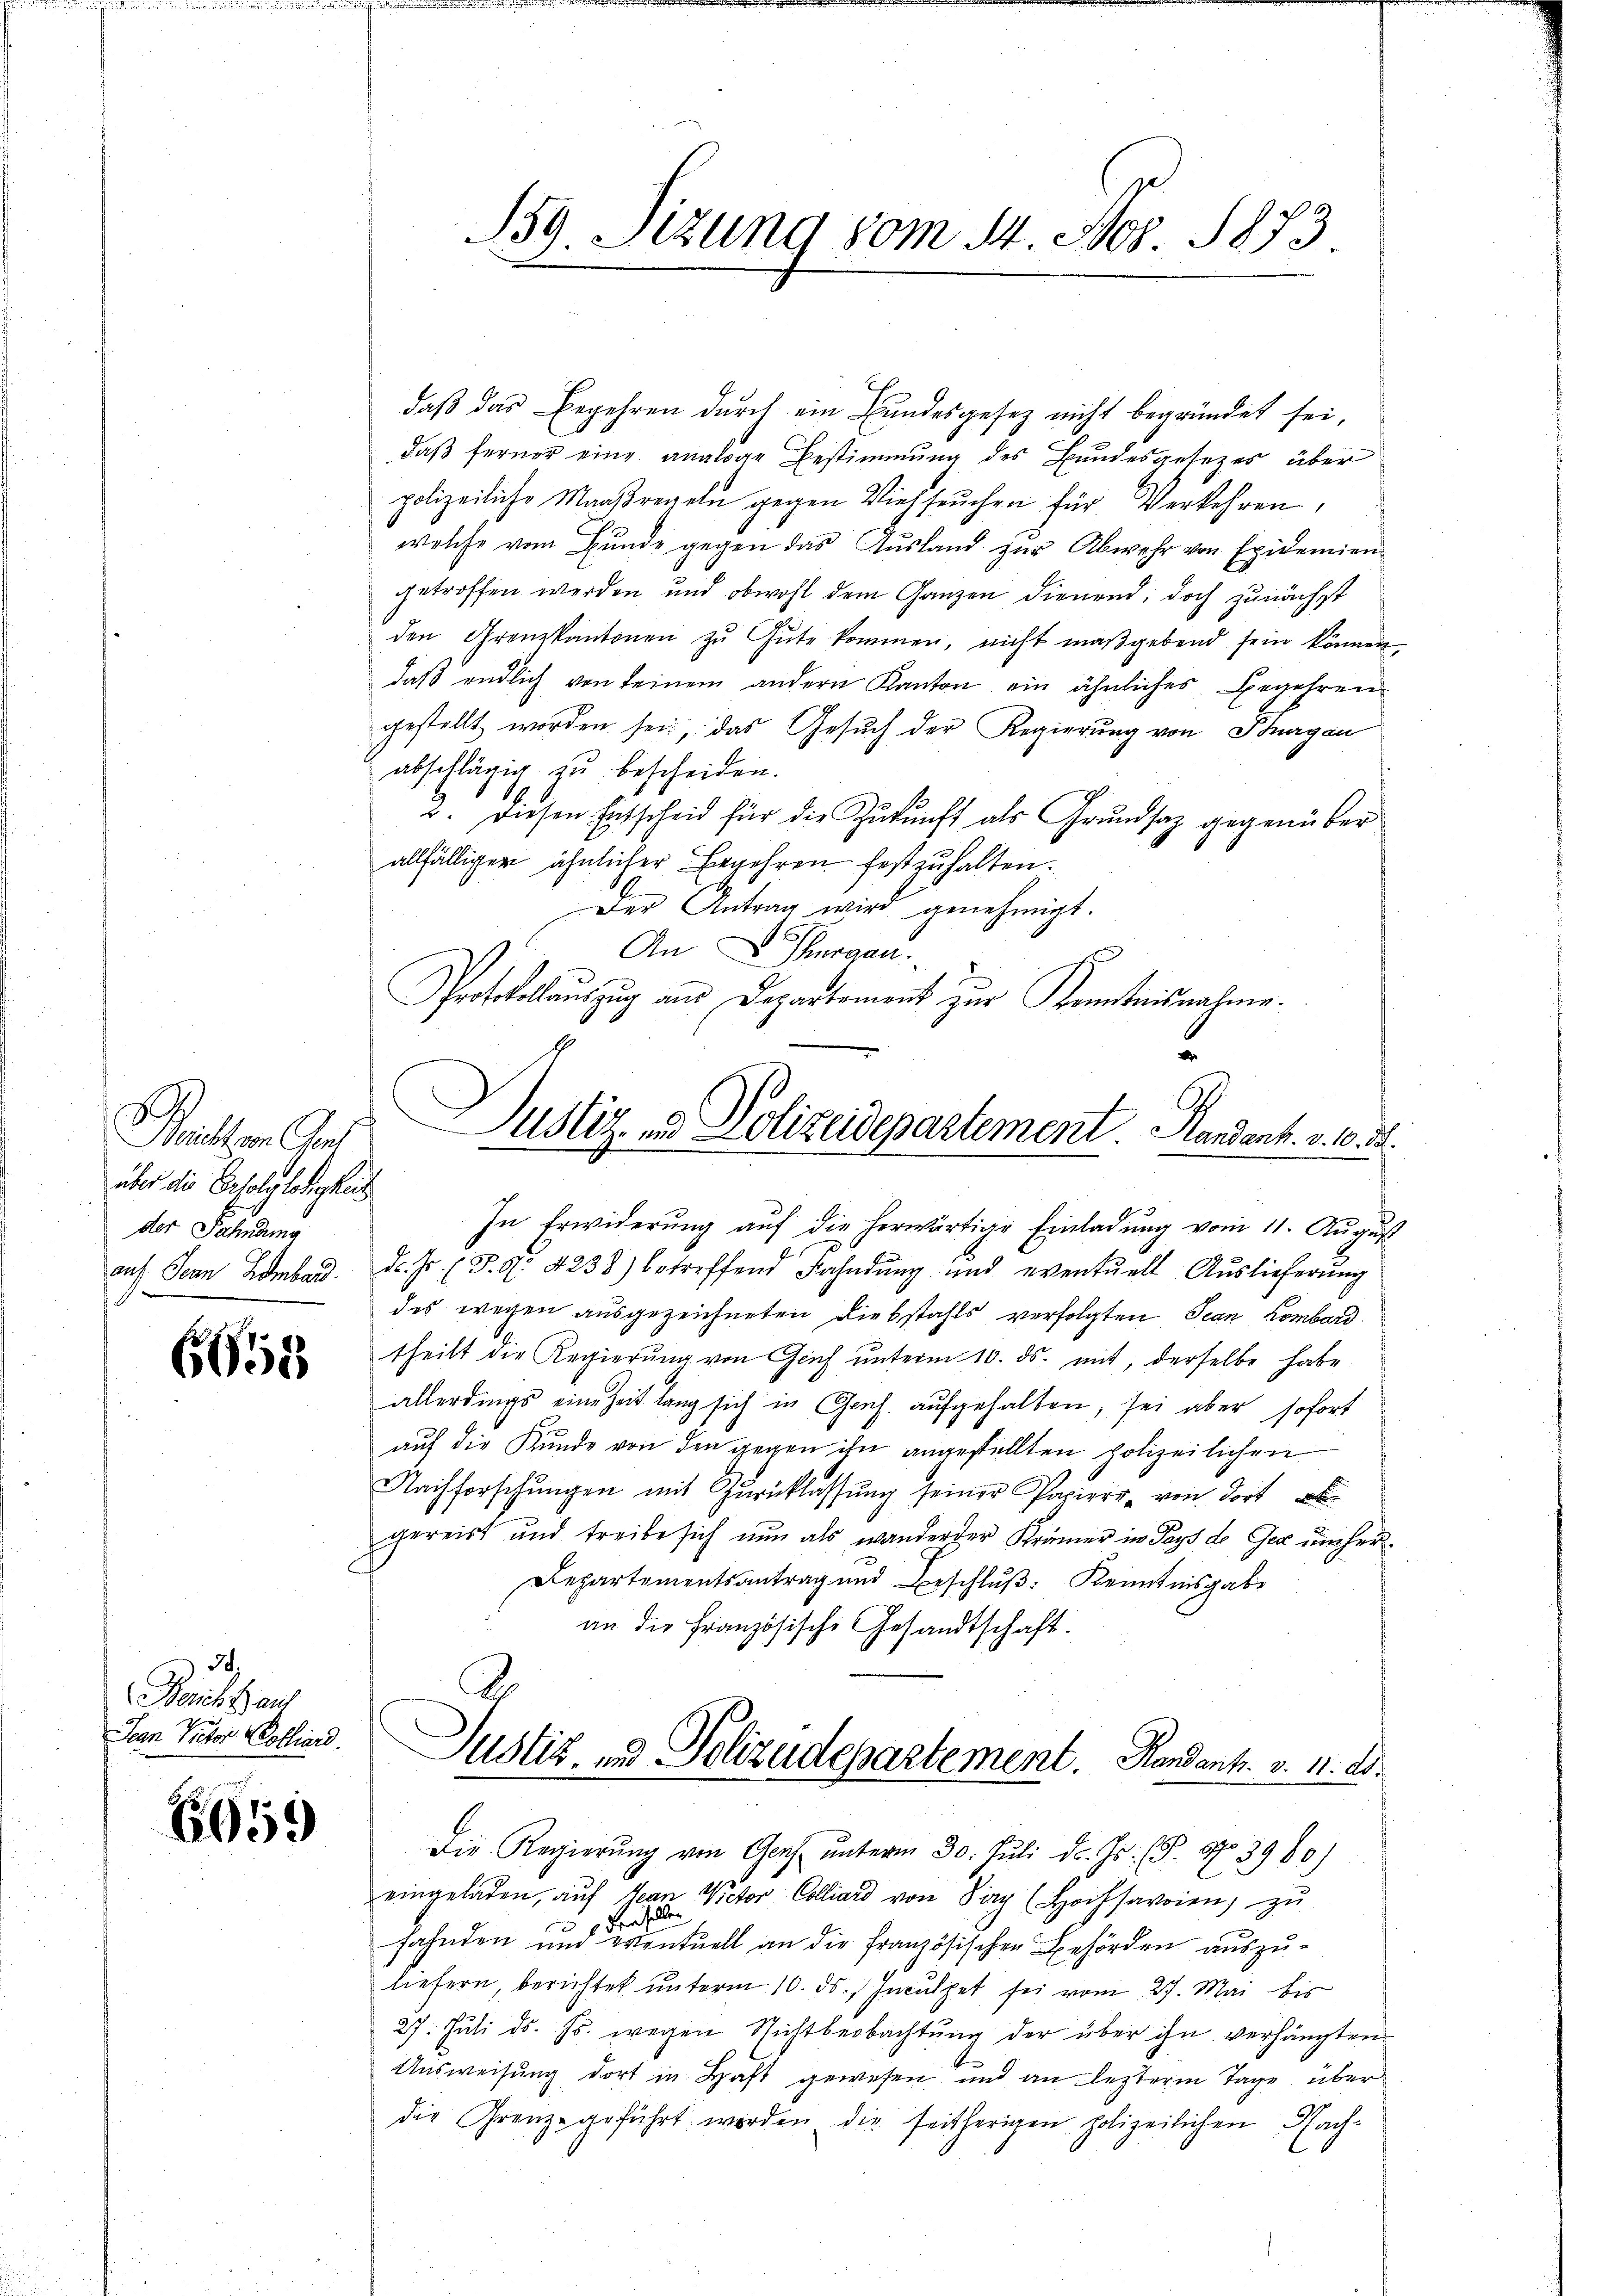
über die Erfolglosigkeit
der Fahndung

6658

I.
Bericht auf
Jean Victor Colliard.

1059

B39. Sizung vom 14. Nov. 1873.

daß das Begehren durch ein Bundesgesetz nicht begründet sei,
daß ferner eine analoge Bestimmung des Bundesgesetzes über
polizeiliche Maaßregeln gegen Viehseuchen für Verkehren,
welche vom Bunde gegen das Ausland zur Abwehr von Epidemien
getroffen werden und obwohl dem Ganzen dienend, doch zunächst
den Grenzkantonen zu Gute kommen, nicht maßgebend sein können
daβ endlich von keinem andern Kanton ein ähnliches Begehren
gestellt worden sei, das Gesŭch der Regierung von Thurgau
abschlägig zu bescheiden.
2. diesen Entscheid für die Zukunft als Grundsaz gegenüber
allfälliger ähnlicher Begehren festzuhalten.
Der Antrag wird genehmigt.
An Thurgau.
Protokollaŭszŭg ans Departement zur Kenntnisnahme.
2
Beisten Ges. Justiz- & Polizeidepartement. Handent. v. 6. d.
In Erwiderung auf die herwärtige Einladung vom 11. August
auf Jean Lombard. d. Js. (T. S. 4238) betreffend Fahndŭng und eventuell Auslieferŭng
des wegen ausgezeichneten Diebstahls verfolgten Jean Lombard
theilt der Regierŭng von Graf unterm 10. ds. mit, derselbe habe
allerdings eine Zeit lang sich in Genf. aŭfgehalten, sei aber sofort
auf die Kunde von den gegen ihn angestellten polizeilichen
Nachforschŭngen mit Zŭrücklassŭng seiner Papiert von dort
gereist und treibe sich nun als wanderter Krämer in Pays de Gex umher¬
Departementsantrag und Beschluß: Kenntnisgabe
an die Französische Gesandtschaft.

Justiz- und Polizadepartement. Handants. v. M. D.
Die Regierŭng von Gens ŭnterm 30. Jŭli d. Js. (T. N. 3980)

eingeladen, auf Jean Victor Colliard von Sarg (Hochsavoien) zu
Ferselben
Fahnden und eventuell an die Französischen Behörden auszuliefern, berichtet unterm 10. ds. Inculpat sei vom 27. Mai bis
27. Juli d. Js. wegen Nichtbeobachtung der über ihn verhängten
Ausweisung dort in Haft gewesen und an leztere Tage über
die Grenze geführt werden, die seitherigen polizeilichen Nach-